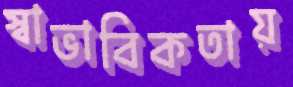
স্বাভাবিকতায়